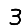
Digit: 3